Vaccination in Burma 1889-1999 - 1889-1999
Year: 1889
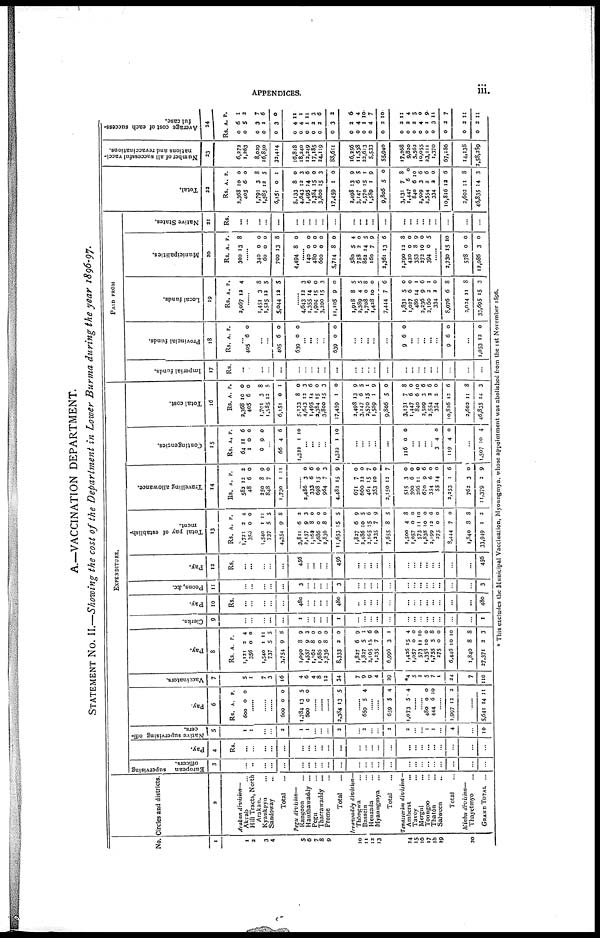
APPENDICES.
iii.
A.—VACCINATION DEPARTMENT.
STATEMENT No. II.—Showing the cost of the Department in Lower Burma during the year 1896-97.
No.
1
1
3
3
4
5
6
7
8
9
10
11
12
13
14
15
16
17
18
19
30
Circles and districts.
2
Arakan division—
Akrab ...
Hill Tracts, North
Arakan.
Kyankpyu ...
Sandoway ...
Total ...
Pegu division—
Rangoon ...
Hanthawaddy ...
Pegu ...
Tharrawaddy ...
Prome ...
Total
Irrawaddy division—
Thôngwa ...
Bassein
Henzada
Myaungmya ...
Total ...
Tenasserim division—
Amherst ...
Tavoy...
Mergui ...
Toungoo ...
Thatôn
Salween ...
Total ...
Minbu division—
Thayetmyo ...
GRAND TOTAL ...
EXPENDITURE.
European supervising
officers.
3
...
...
...
...
...
...
...
...
... ...
...
...
...
...
...
...
...
...
...
... ...
...
...
...
...
Pay.
4
Rs.
...
...
...
...
...
...
...
...
...
...
...
...
...
...
...
...
...
...
...
...
...
...
...
...
...
Native supervising on
cers.
5
1
1
...
...
2
1
1
...
...
...
2
... 2
...
...
2
2
...
... 1
1
...
4
...
10
Pay.
6
Rs. A. P.
600 0 0
......
......
......
600 0 0
1,784
600 13 0
5
0
......
......
......
2,384 13 5
... 659 5 4
......
......
659 5 4
1,073 5 4
......
...... 480
444
0
6
0
10
......
1,997 12 2
......
5,641 14 11
Vaccinators.
7
5
1
7
3
16
4
6
4
8
12
34
7
9
9
4
29
*4
5
2
5
7
1
24
7
110
Pay.
8
Rs. A. P.
1,121
356
1,540
737
3,754
2
0
1
5
9
4
0
11
5
8
1,090
1,557
1,162
1,686
2,836
8,333
8
9
8
0
8
2
9
1
0
0
0
0
1,827
1,827
2,105
1,235
6,996
6
5
15
7
3
9
1
6
9
1
1,426
1,057
573
1,358
1,755
275
6,446
15
0
11
10
5
0
10
4
0
10
0
8
0
10
1,840
27,371
8
2
8
3
Clerks.
9
...
...
...
...
...
1
...
...
...
...
1
...
...
...
...
...
...
...
...
... ...
...
...
...
1
Pay.
10
Rs.
...
...
...
...
...
480
...
...
...
...
480
...
...
...
...
...
...
...
...
... ...
...
...
...
480
Peons, &c.
11
...
...
...
...
...
3
...
...
...
...
3
...
...
...
...
...
...
... ...
... ...
...
...
...
3
Pay.
12
Rs.
...
...
...
...
...
456
...
...
...
...
456
...
...
...
...
...
...
... ...
...
...
...
...
...
456
Total pay of establish-
merit.
13
Rs.
A.
P.
1,721
353
1,540
737
4,354
2
0
1
5
9
4
0
11
5
8
3,811
2,157
1,162
1,686
2,836
11,653
6
9
8
0
8
15
2
3
0
0
0
5
1,827
2,486
2,105
1,235
7,655
6
10
15
7
8
9
5
6
9
5
2,500
1,057
573
1,838
2,199
275
3,444
4
0
11
10
12
0
7
8
0
10
0
6
0
0
1,840
33,949
8
1
8
2
Travelling allowance.
14
Rs.
A.
P.
582
48
250
848
1,730
12
6
8
7
1
2
0
9
0
11
..... 2,486
333
698
964
4,482
3
6
15
7
15
0
6
0
3
9
671
660
461
353
2,150
7
12
15
10
12
0
0
7
0
7
515
390
266
670
354
55
2,253
3
6
11
9
6
14
1
0
0
0
6
0
0
6
762
11,379
3
2
0
9
Contingencies.
15
Rs. A. P.
64
1
0
11
0
9
6
0
0
...
66 4 6
1,322 1 10
...
...
...
1,322 1 10
...
...
... ...
...
116 0 0
...
...
...
... 3
119
4
4
0
0
...
1,507 10 4
Total cost.
16
Rs. A. P.
2,368
405
1,791
1,585
6,151
5,133
4,643
1,495
2,384
3,800
17,459
10
6
3
12
0
8
12
4
15
15
1
0
0
8
5
1
0
3 6
0
3
0
2,498
3,147
2,570
1,589
9,806
13 6
15
1
5
9
5
1
9
0
3,131
1,447
840
2,509
2,554
334
10,816
7
6
6
3
2
2
12
8
0
10
6
6
0
6
2,602
46,835
11
14
8
3
PAID FROM
Imperial funds.
17
Rs.
...
...
...
...
...
...
...
...
...
...
...
...
...
...
...
...
...
...
...
... ...
...
...
...
...
Provincial funds.
18
Rs. A. P.
405 6 0
...
...
405 6 0
639 0 0
...
...
...
...
639 0 0
... ...
...
...
...
9 6 0
...
...
...
...
...
9 6 0
...
1,053 12 0
Local funds.
19
Rs. A. P.
2,067 12 4
......
1,451
1,525
5,044
3
12
12
8
5
5
......
4,643
1,355
1,904
3,200
11,105
12
14
15
15
9
3
6
0
3
0
1,918
2,389
1,708
1,428
7,444
8
4
0
10
7
5
5
8
0
6
1,831
1,027
486
2,236
2,160
334
8,076
5
6
14
9
2
2
6
0
0
1
6
1
0
8
3,024
33,695
11
15
8
3
Municipalities.
20
Rs. A. P.
300 13 8
......
340
60
700
0
0
13
0
0
8
4,494 8 0
......
140
480
600
5,714
0
0
0
8
0
0
0
0
580
758
862
160
3,361
5
2
14
7
13
4
0
5
9
6
1,290
420
353
272
394
12
0
8
10
0
8
0
9
0
5
......
2,730 15 10
578
12,086
0
3
0
0
Native States.
21
Rs.
...
...
...
...
...
...
...
...
...
...
...
...
...
...
...
...
...
... ...
...
...
...
...
...
...
Total.
22
Rs. A. P.
3,368
405
1,791
1,585
6,151
10
6
3
12
0
0
0
8
5
1
5,133
4,643
1,495
3,384
3,800
17,459
8
12
14
15
15
1
0
1
6
0
3
0
3,498
3,147
3,570
1,589
9,806
13
6
15
1
5
9
5
1
9
0
3,131
1,447
840
2,509
3,554
334
10,816
7
6
6
3
2
2
12
8
0
10
6
6
0
6
2,602
46,835
11
14
8
3
Number of all successful vacci-
nations and revaccinations.
23
6,272
1,363
8,029
16,850
32,414
16,818
18,240
12,249
17,185
24,119
88,611
16,256
11,538
22,613
5,533
55,940
17,268
9,820
5,562
10,055
23,111
1,370
67,136
14,138
2,58,289
Average cost of each success-
ful case.
24
Rs. A. P.
0
0
0
0
0
6
5
3
1
3
1
3
7
6
0
0
0
0
0
0
0
4
4
1
2
2
3
11
1
11
3
6
2
0
0
0
0
0
2
4
1
4
2
6
4
10
7
10
0
0
0
0
0
0
0
2
2
2
4
1
3
2
11
4
5
0
9
11
7
0
0
2
2
11
11
* This excludes the Municipal Vaccination, Myoungmya whose appointment was abolished from the 1st November 1896.